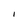
Character: I